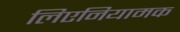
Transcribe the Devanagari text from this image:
लिएनियामक